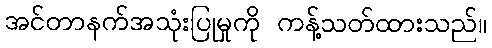
အင်တာနက်အသုံးပြုမှုကို ကန့်သတ်ထားသည်။